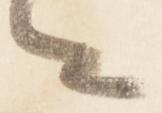
々